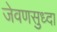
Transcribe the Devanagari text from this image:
जेवणसुध्दा